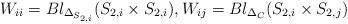
LaTeX: \begin{align*}W_{ii} = Bl_{\Delta _{S_{2,i}}} (S_{2,i}\times S_{2,i}), W_{ij} = Bl_{\Delta _C} (S_{2,i}\times S_{2,j})\end{align*}